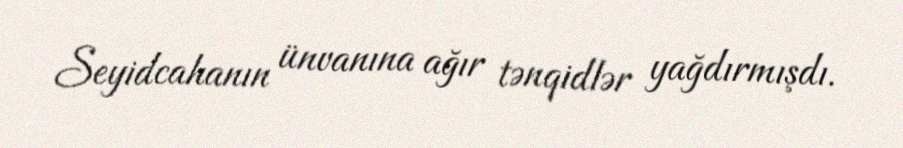
Seyidcahanın ünvanına ağır tənqidlər yağdırmışdı.